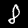
Label: 8